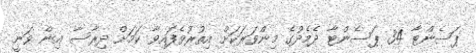
ޕަސެންޓާ 34 ޕަސެންޓާ ދެމެދުގެ މިންވަރަކަށް އިތުރުވެފައިވާ ކަމަށް ދިރާސާ އިން ވަނީ